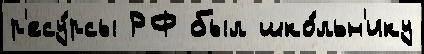
р'есу́рсы РФ был шко́льн'ику